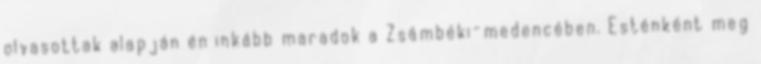
olvasottak alapján én inkább maradok a Zsámbéki-medencében. Esténként meg